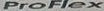
ProFlex